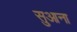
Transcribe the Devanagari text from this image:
सुआना